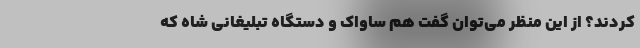
کردند؟ از این منظر می‌توان گفت هم ساواک و دستگاه تبلیغانی شاه که